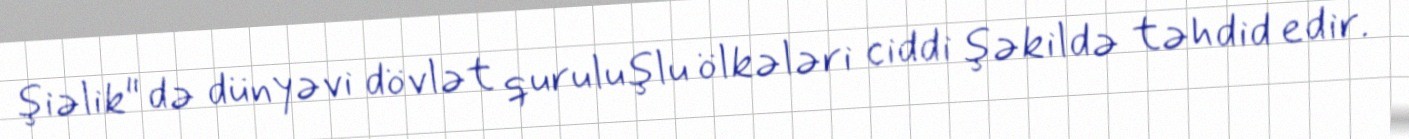
şiəlik" də dünyəvi dövlət quruluşlu ölkələri ciddi şəkildə təhdid edir.